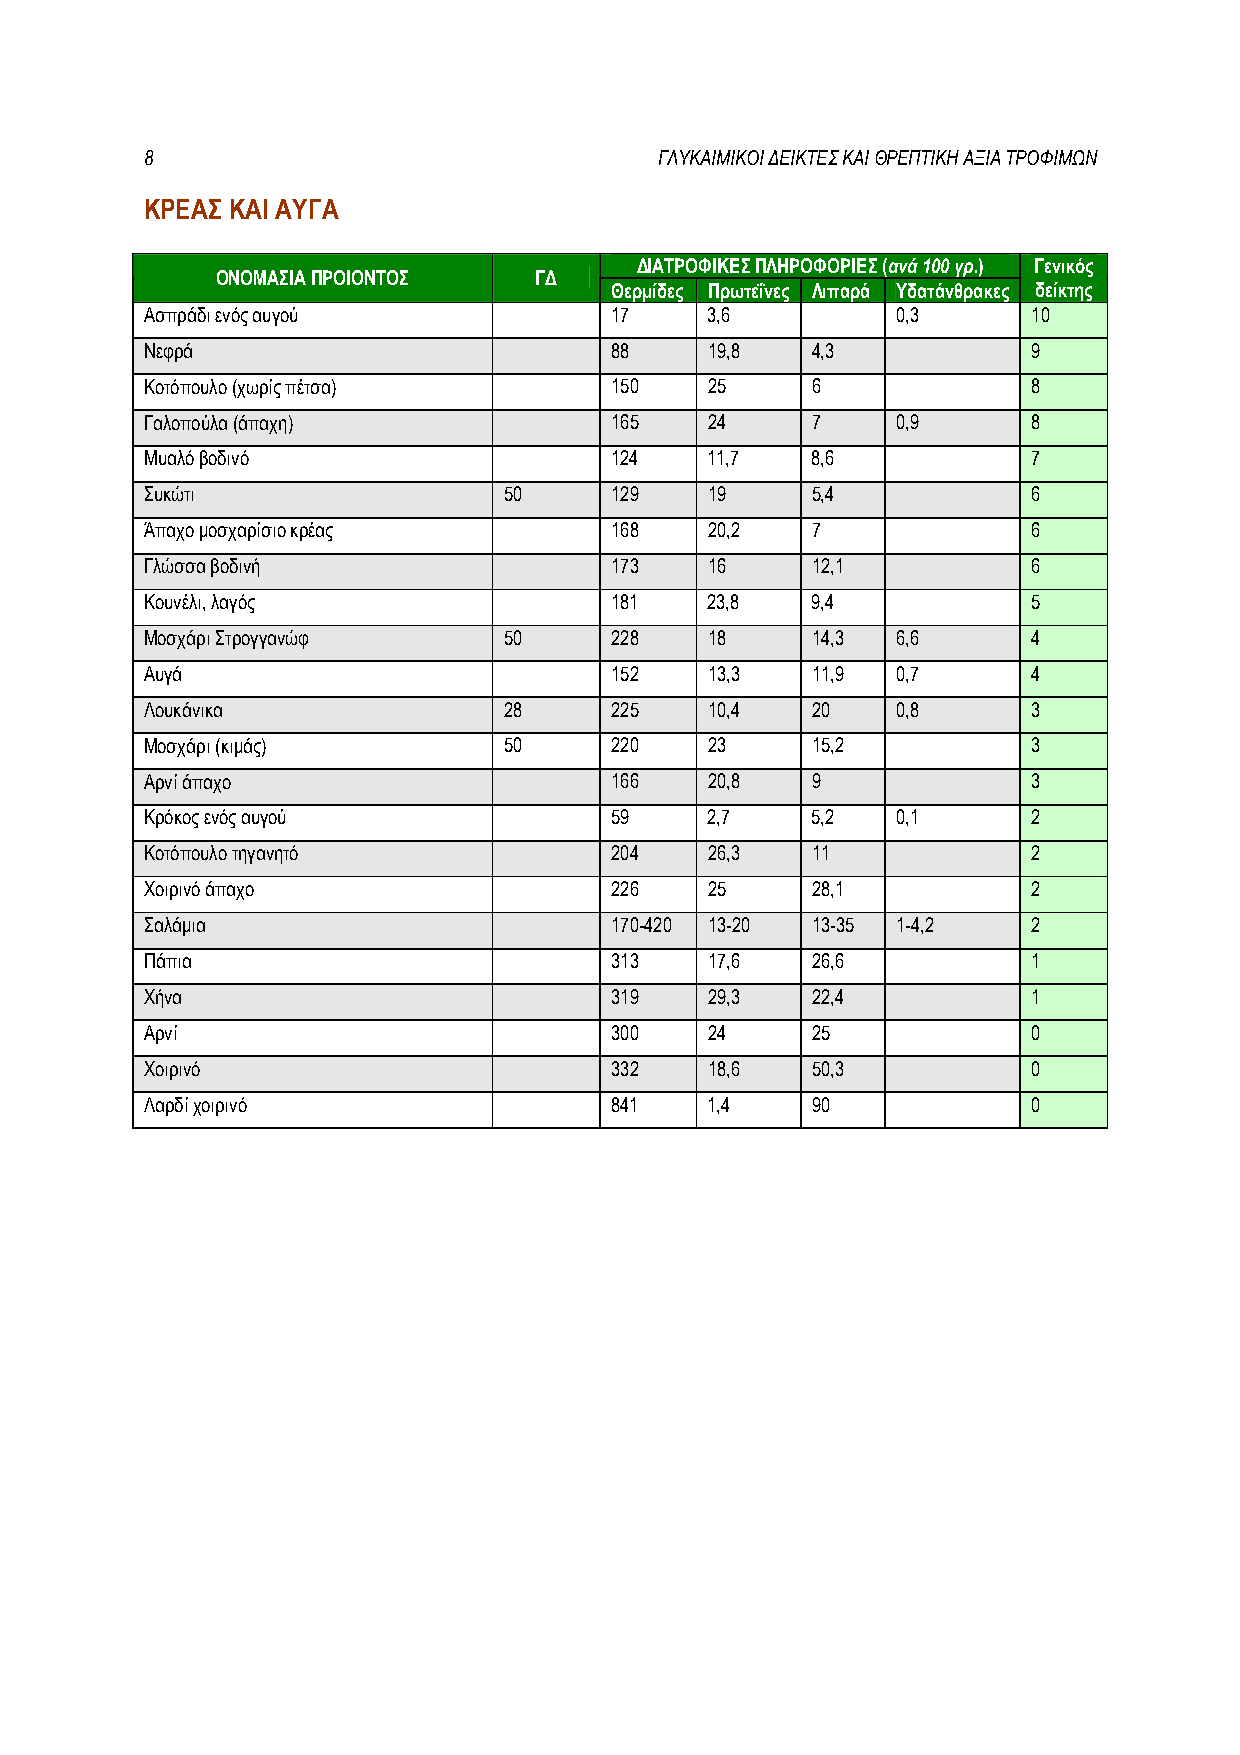
8                                 ΓΛΥΚΑΙΜΙΚΟΙ ΔΕΙΚΤΕΣ ΚΑΙ ΘΡΕΠΤΙΚΗ ΑΞΙΑ ΤΡΟΦΙΜΩΝ
 ΚΡΕΑΣ ΚΑΙ ΑΥΓΑ
 ΔΙΑΤΡΟΦΙΚΕΣ ΠΛΗΡΟΦΟΡΙΕΣ (ανά 100 γρ.) Γενικός
 ΟΝΟΜΑΣΙΑ ΠΡΟΙΟΝΤΟΣ   ΓΔ
 Θερμίδες Πρωτεΐνες Λιπαρά Υδατάνθρακες δείκτης
 Ασπράδι ενός αυγού            17     3,6         0,3      10
 Νεφρά                         88     19,8   4,3           9
 Κοτόπουλο (χωρίς πέτσα)       150    25     6             8
 Γαλοπούλα (άπαχη)             165    24     7    0,9      8
 Μυαλό βοδινό                  124    11,7   8,6           7
 Συκώτι                 50     129    19     5,4           6
 Άπαχο μοσχαρίσιο κρέας        168    20,2   7             6
 Γλώσσα βοδινή                 173    16     12,1          6
 Κουνέλι, λαγός                181    23,8   9,4           5
 Μοσχάρι Στρογγανώφ     50     228    18     14,3 6,6      4
 Αυγά                          152    13,3   11,9 0,7      4
 Λουκάνικα              28     225    10,4   20   0,8      3
 Μοσχάρι (κιμάς)        50     220    23     15,2          3
 Αρνί άπαχο                    166    20,8   9             3
 Κρόκος ενός αυγού             59     2,7    5,2  0,1      2
 Κοτόπουλο τηγανητό            204    26,3   11            2
 Χοιρινό άπαχο                 226    25     28,1          2
 Σαλάμια                       170-420 13-20 13-35 1-4,2   2
 Πάπια                         313    17,6   26,6          1
 Χήνα                          319    29,3   22,4          1
 Αρνί                          300    24     25            0
 Χοιρινό                       332    18,6   50,3          0
 Λαρδί χοιρινό                 841    1,4    90            0